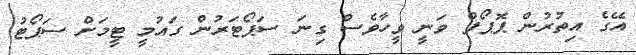
އޭގެ އިތުރުން ޕޮޕޯފް ވަނީ ވީހާވެސް ގިނަ ސަޕޯޓަރުން ގައުމީ ޓީމަށް ސަޕޯޓު